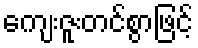
ကျေးဇူးတင်စွာဖြင့်